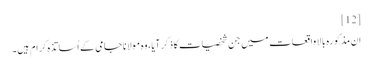
[12]
اِن مذکورہ بالا واقعات میں جن شخصیات کا ذکر آیا، وہ مولانا جامی کے اُساتذہ کرام ہیں۔